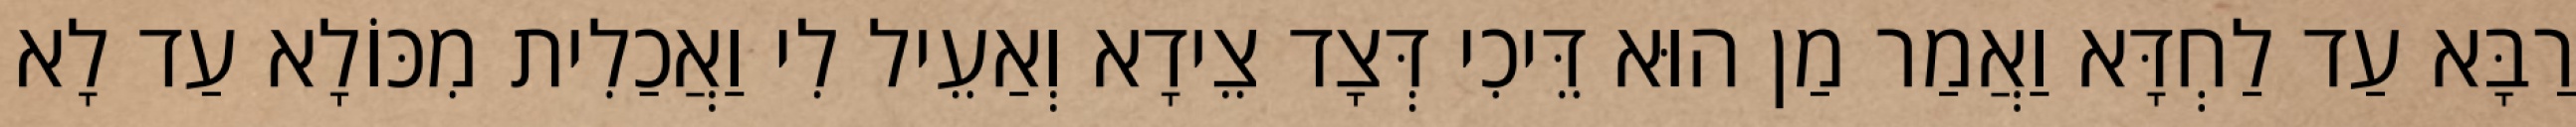
רַבָּא עַד לַחְדָּא וַאֲמַר מַן הוּא דֵּיכִי דְּצָד צֵידָא וְאַעֵיל לִי וַאֲכַלִית מִכּוֹלָא עַד לָא